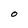
Character: O